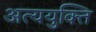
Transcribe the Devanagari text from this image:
अत्ययुक्ति